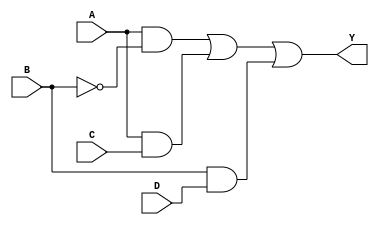
module sop_logic(
    input wire A,
    input wire B,
    input wire C,
    input wire D,
    output wire Y
);

    // Intermediate signals for product terms
    wire not_B;    // NOT B
    wire term1;    // A AND NOT B
    wire term2;    // A AND C
    wire term3;    // B AND D

    // NOT gate
    assign not_B = ~B;                       // Inverting B

    // Product terms (AND gates)
    assign term1 = A & not_B;                // A AND NOT B
    assign term2 = A & C;                    // A AND C
    assign term3 = B & D;                    // B AND D

    // Final output (OR gate)
    assign Y = term1 | term2 | term3;        // OR of all product terms

endmodule